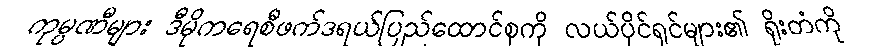
ကုမ္ပဏီများ ဒီမိုကရေစီဖက်ဒရယ်ပြည်ထောင်စုကို လယ်ပိုင်ရှင်များ၏ ရိုးတံကို